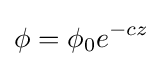
\phi =\phi _{0}e^{-cz}